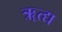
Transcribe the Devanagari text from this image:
ॠत्द्य